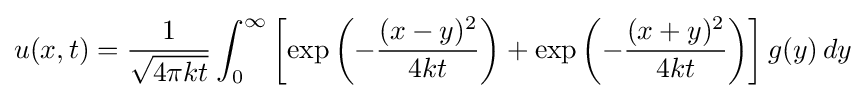
u(x,t)={\frac {1}{\sqrt {4\pi kt}}}\int _{0}^{\infty }\left[\exp \left(-{\frac {(x-y)^{2}}{4kt}}\right)+\exp \left(-{\frac {(x+y)^{2}}{4kt}}\right)\right]g(y)\,dy